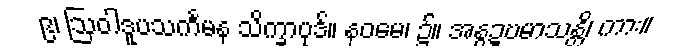
၉၊ ဩဝါဒူပသင်္ကမန သိက္ခာပုဒ်။ နဝမေ၊ ၌။ အနွဍ္ဎမာသန္တိ၊ ကား။